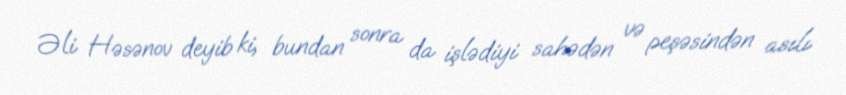
Əli Həsənov deyib ki, bundan sonra da işlədiyi sahədən və peşəsindən asılı